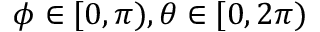
\phi \in [ 0 , \pi ) , \theta \in [ 0 , 2 \pi )